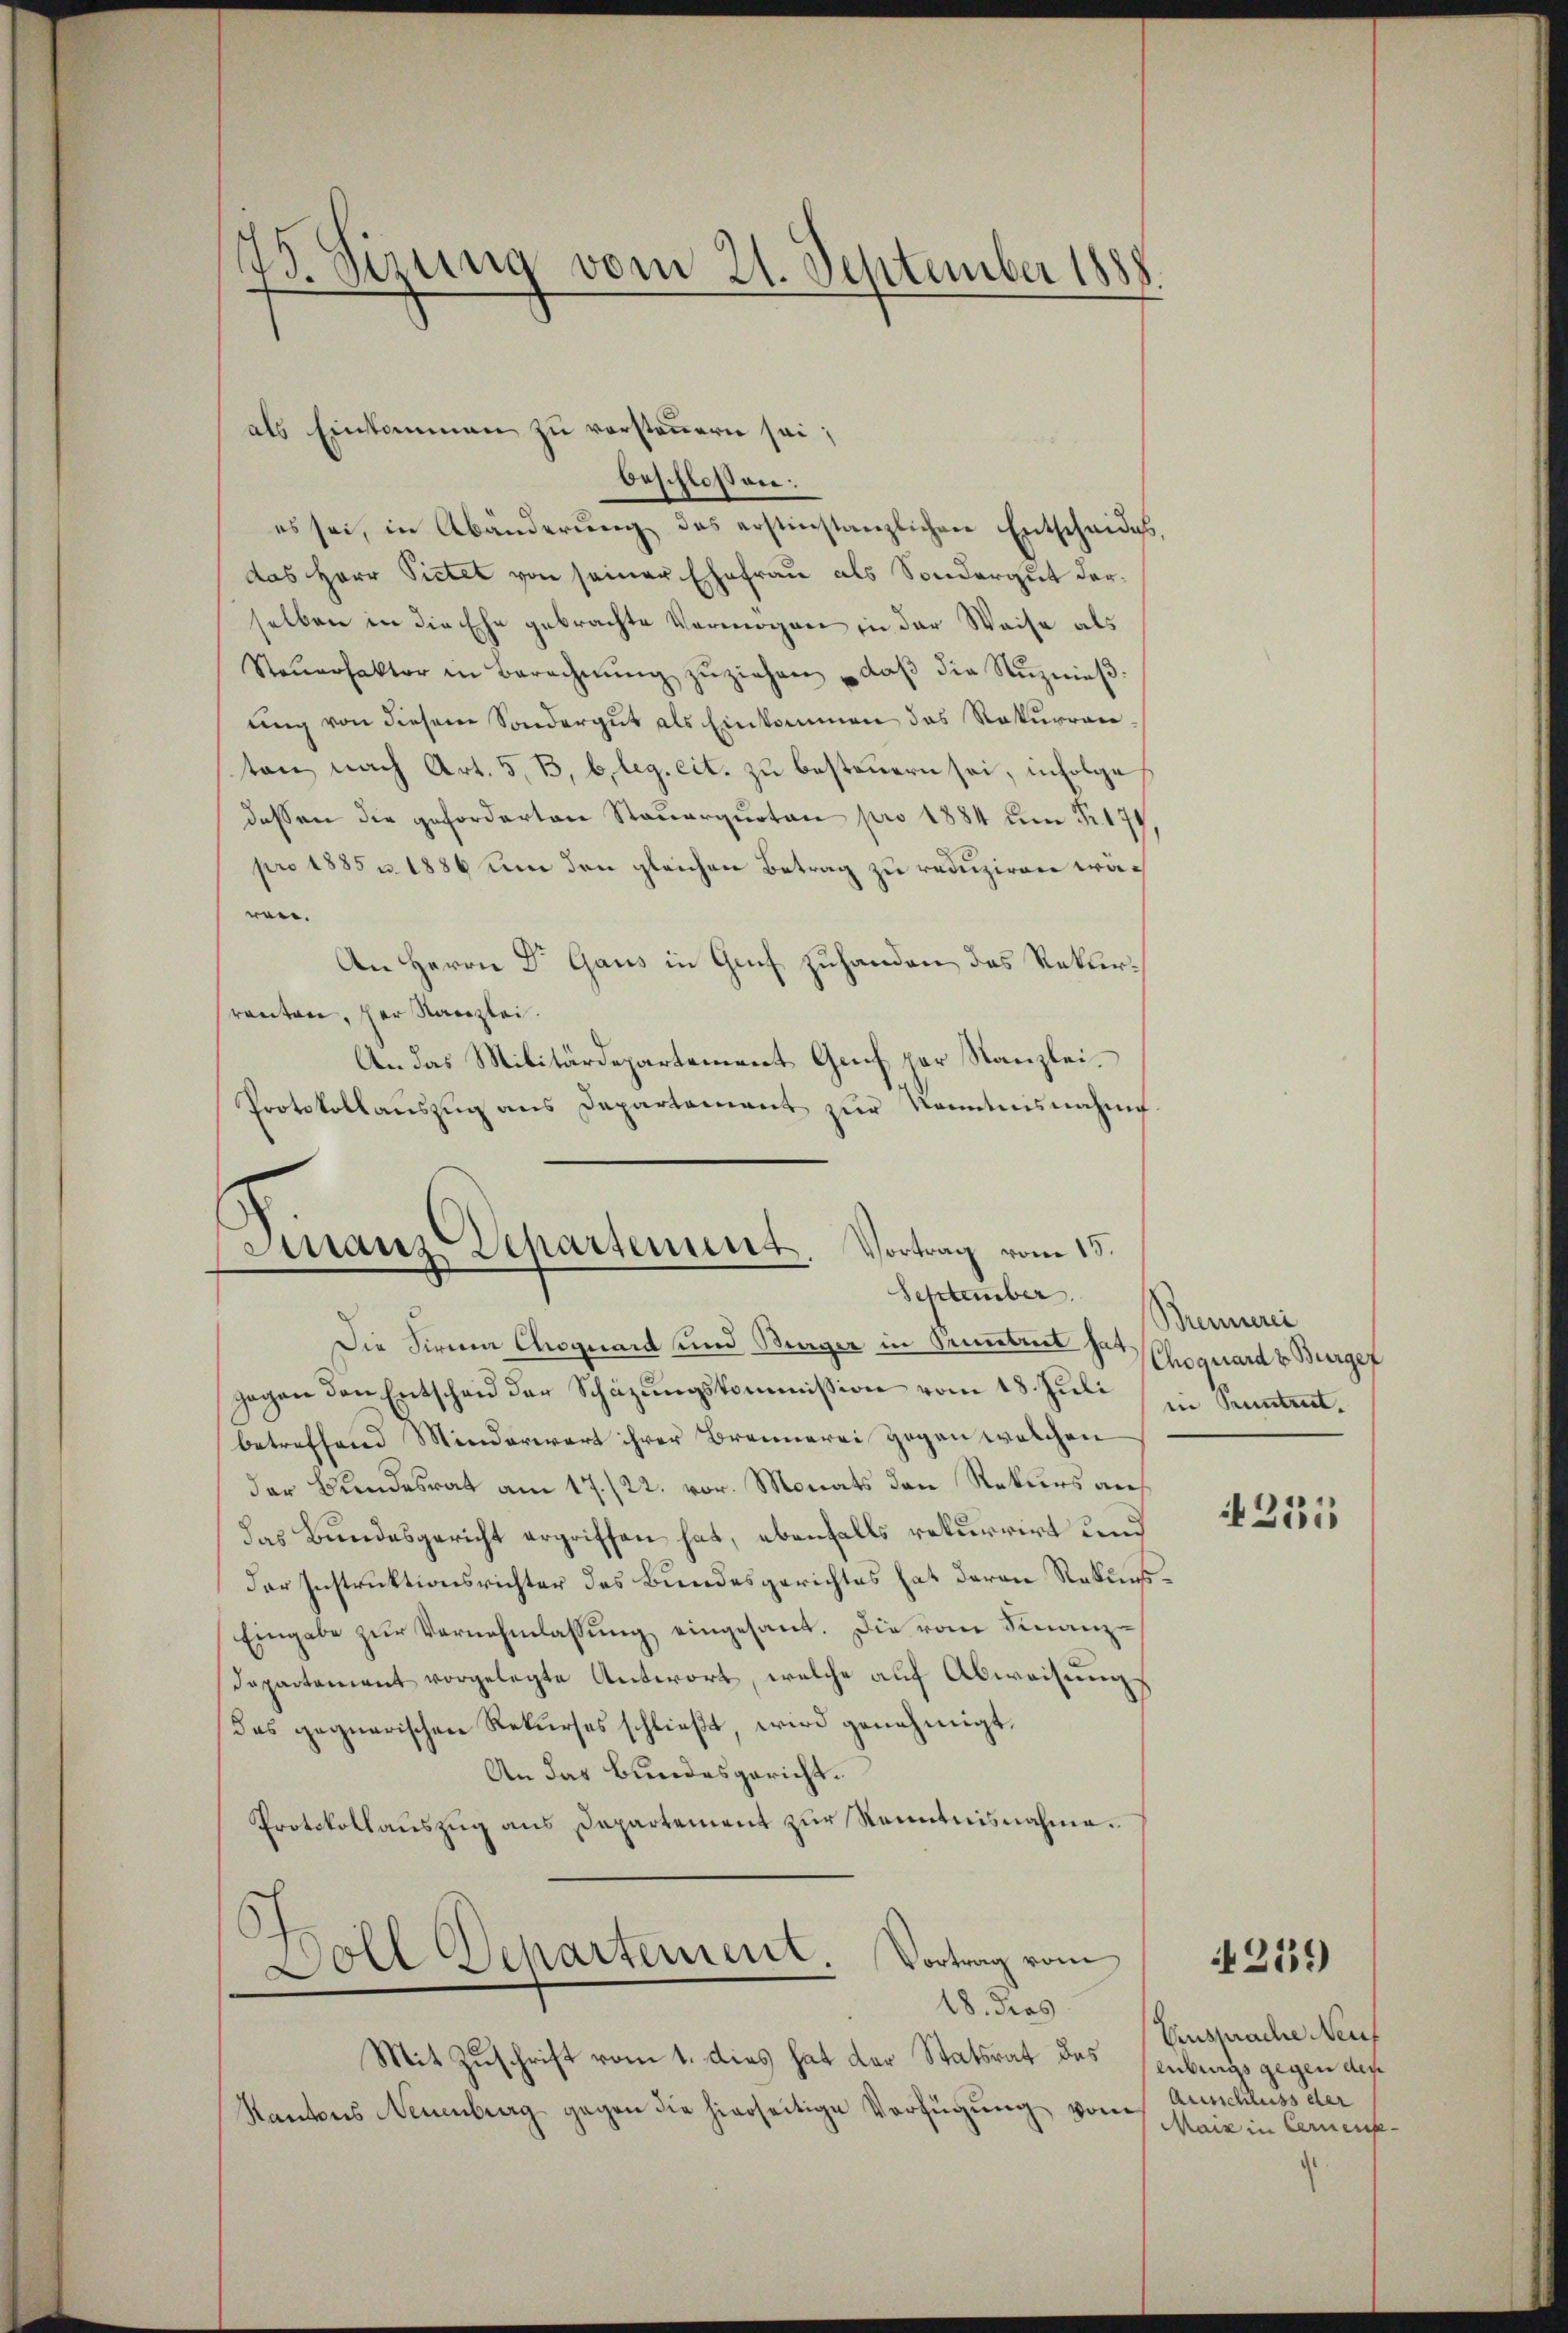
als Einkommen zu versteuern sei;
beschlossen:
es sei, in Abänderŭng des erstinstanzlichen Entscheides,
das Herr Pietet von seiner Ehefrau als Sondergut derselben in die Ehe gebrachte Vermögen in der Weise als
Steŭerfaktor in Berechnŭng zŭziehen, daβ die Reznieβ
ung von diesem Sondergut als Einkommen das Rekurren,
ton nach Art. 5, B, bleg. cit. zu besteuern sei, infolge
dessen die geforderten Steuerquoten pro 1884 um Fr. 174
pro 1885 u. 1886 um den gleichen Betrag zu reduziren wären.
An Herrn Dr Gaus in Gruf zuhanden das Rekurranten, der Kanzlei.
An das Militärdepartement Grif par Kanzlei.
Protokollaŭszŭg ans Departement zŭr Kenntnisnahme

25. Sirung vom 21. September 1888.

Die Firnen Choquard und Beerger in Sembreit hat
gegen den Entscheid der Schazungskommission vom 18. Juli
betreffend Minderwart ihrer Brennerei gegen welchen
der Bundesrat am 17./22. vor. Monats den Rekurs auf
das Bundesgericht ergriffen hat, ebenfalls rekurrirt und
der Instruktionsrichter des Bundesgerichtes hat deren Rekurs¬
Eingabe zŭr Vernehmlassŭng eingesant. Die vom Finanz-
Dapartement vorgelegte Antwort, welche auf Abweisungs
das gegnerischen Rekurses schließt, wird genehmigt.
An das Bundesgericht.
Protokollauszug aus Dapartement zur Kenntnisnahme.
Doll Departement. Vortrag vom
18. dies
Mit Zuschrift vom 1. dies hat der Statsrat das enburgs gegen des
Kantons Neuenburg gegen die hierseitige Verfügung vom

Finanz-Departement. Vortrag vom 13.
September.

Brennerei
Choquard & Burger
in Kuntret

231

259

Ensprache Neuf
Ausschluss der
Mais in Cernenp